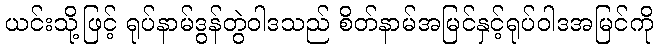
ယင်းသို့ဖြင့် ရုပ်နာမ်ဒွန်တွဲဝါဒသည် စိတ်နာမ်အမြင်နှင့်ရုပ်ဝါဒအမြင်ကို